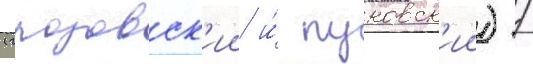
(грозовск'ии и́ пуковск'ии) /